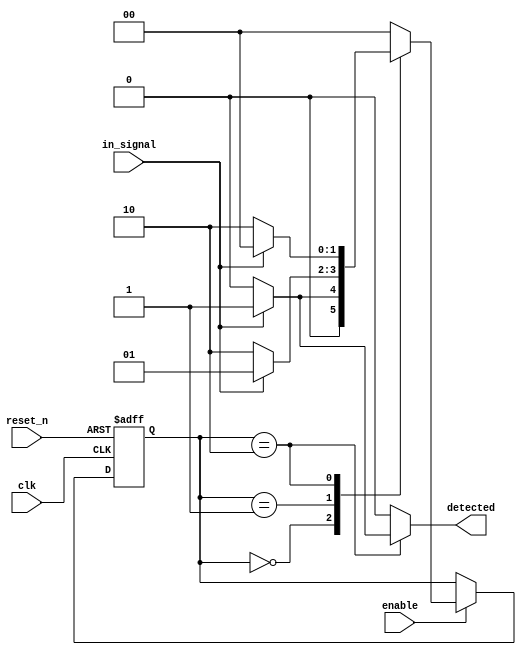
module pattern_detector (
    input wire clk,            // Clock signal
    input wire reset_n,        // Asynchronous active-low reset
    input wire enable,         // Enable signal for detection
    input wire in_signal,      // Input signal to be monitored
    output reg detected        // Output signal indicating pattern detection
);

    // Memory to store previous states (2 bits required for a 2-bit pattern)
    reg [1:0] state, next_state;
    reg [1:0] pattern = 2'b10; // Example pattern to detect (2'b10)

    // State Transition Logic
    always @(posedge clk or negedge reset_n) begin
        if (!reset_n) begin
            state <= 2'b00; // Reset state
        end else if (enable) begin
            state <= next_state; // Update state on clock edge
        end
    end

    // Next State Logic
    always @(*) begin
        detected = 1'b0; // Default detected signal is low
        case (state)
            2'b00: begin
                if (in_signal) begin
                    next_state = 2'b01; // Transition to state 01
                end else begin
                    next_state = 2'b00; // Stay in state 00
                end
            end
            2'b01: begin
                if (!in_signal) begin
                    next_state = 2'b10; // Transition to state 10
                end else begin
                    next_state = 2'b01; // Stay in state 01
                end
            end
            2'b10: begin
                if (in_signal) begin
                    next_state = 2'b00; // Reset to state 00
                    detected = 1'b1; // Pattern detected
                end else begin
                    next_state = 2'b10; // Stay in state 10
                end
            end
            default: begin
                next_state = 2'b00; // Default to reset state
            end
        endcase
    end

endmodule